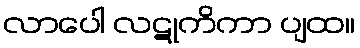
လာပေါ လဋုကိကာ ပျထ။